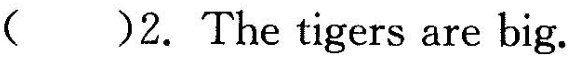
( )2. The tigers are big.